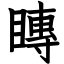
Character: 䁣